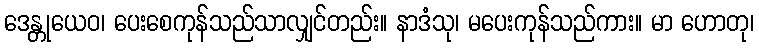
ဒေန္တုယေဝ၊ ပေးစေကုန်သည်သာလျှင်တည်း။ နာဒံသု၊ မပေးကုန်သည်ကား။ မာ ဟောတု၊